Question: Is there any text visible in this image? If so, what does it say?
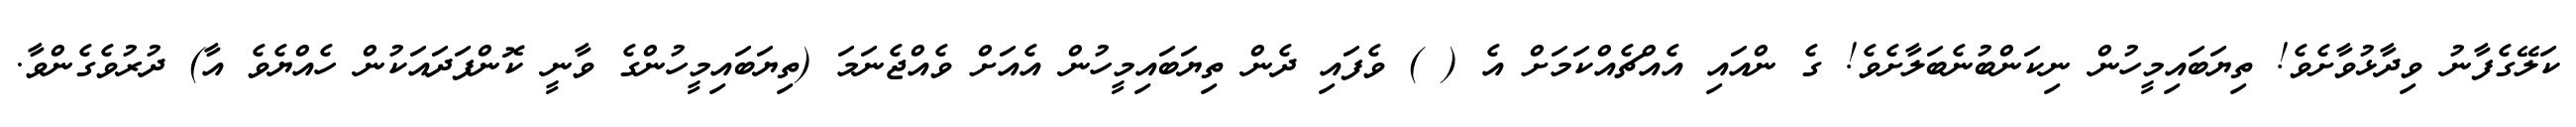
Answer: ކަލޭގެފާނު ވިދާޅުވާށެވެ! ތިޔަބައިމީހުން ނިކަންބުނެބަލާށެވެ! ގެ ންއައި އެއްޗެއްކަމަށް އެ ( ) ވެފައި ދެން ތިޔަބައިމީހުން އެއަށް ވެއްޖެނަމަ (ތިޔަބައިމީހުންގެ ވާނީ ކޮންފަދައަކުން ހެއްޔެވެ އާ) ދުރުވެގެންވާ.